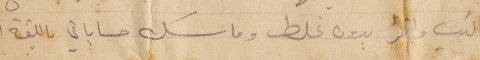
واكتب واقرأ بدون غلط وماسك حساباتي باللغة